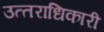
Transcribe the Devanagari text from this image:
उत्‍तराधिकारी